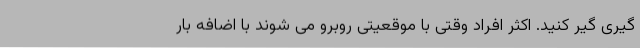
گیری گیر کنید. اکثر افراد وقتی با موقعیتی روبرو می شوند با اضافه بار